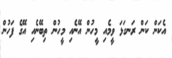
އެކަން ކަން ރަނގަޅަ ވީމެއި މީހުން އޭނެއި މީހުން ތިބޭނެއި އޭގެ ފަހުން